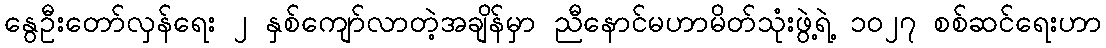
နွေဦးတော်လှန်ရေး ၂ နှစ်ကျော်လာတဲ့အချိန်မှာ ညီနောင်မဟာမိတ်သုံးဖွဲ့ရဲ့ ၁၀၂၇ စစ်ဆင်ရေးဟာ